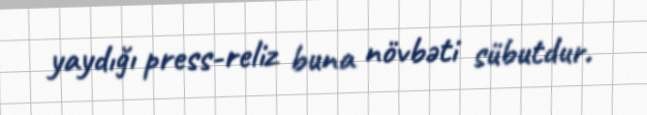
yaydığı press-reliz buna növbəti sübutdur.